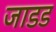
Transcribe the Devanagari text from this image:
जाडड